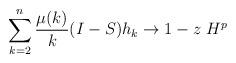
LaTeX: \begin{align*} \sum_{k=2}^n \frac{\mu(k)}{k} (I-S) h_k \to 1-z \ H^p\end{align*}